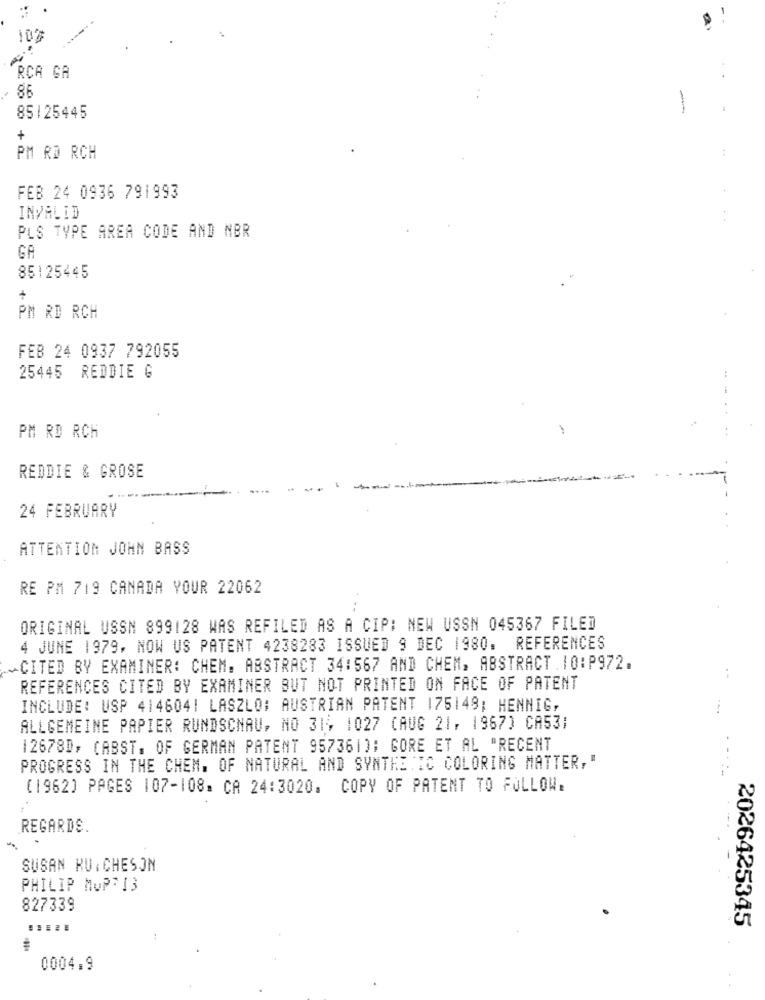
RCA GA
86
-
85125445
+
PM RD RCH
FEB 24 0936 791993
INVALID
PLS TYPE AREA CODE AND NBR
GA
85125445
+
PM RD RCH
FEB 24 0937 792055
25445 REDDIE G
PM RD RCH
REDDIE & GROSE
24 FEBRUARY
ATTENTION JOHN BASS
RE PM 719 CANADA YOUR 22062
ORIGINAL USSN 899128 WAS REFILED AS A CIP: NEW USSN 045367 FILED
4 JUNE 1979, NOW US PATENT 4238283 ISSUED 9 DEC 1980. REFERENCES
-CITED BY EXAMINER: CHEM. ABSTRACT 34:567 AND CHEM, ABSTRACT . 10: P972.
REFERENCES CITED BY EXAMINER BUT NOT PRINTED ON FACE OF PATENT
INCLUDE: USP 4146041 LASZLO; AUSTRIAN PATENT 175149; HENNIG,
ALLGEMEINE PAPIER RUNDSCHAU, NO 31, 1027 (AUG 21, 1967) CA531
12678D; (ABST. OF GERMAN PATENT 957361); GORE ET AL "RECENT
PROGRESS IN THE CHEM. OF NATURAL AND SYNTHETIC COLORING MATTER,"
(1962) PAGES 107-108. CA 24:3020. COPY OF PATENT TO FOLLOW.
REGARDS.
SUSAN KU. CHESON
PHILIP MUPRIS
827339
2026425345
0004.9